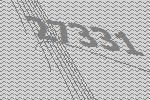
27331